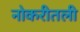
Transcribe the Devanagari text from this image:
नोकरीतली